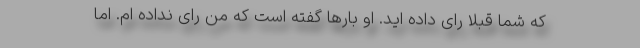
که شما قبلا رای داده اید. او بارها گفته است که من رای نداده ام. اما